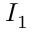
I _ { 1 }